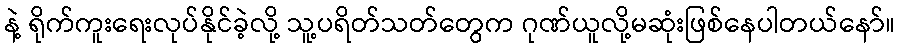
နဲ့ ရိုက်ကူးရေးလုပ်နိုင်ခဲ့လို့ သူ့ပရိတ်သတ်တွေက ဂုဏ်ယူလို့မဆုံးဖြစ်နေပါတယ်နော်။